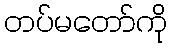
တပ်မတော်ကို